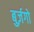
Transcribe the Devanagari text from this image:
बुर्ज़गो